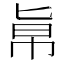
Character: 𠤚